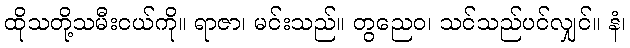
ထိုသတို့သမီးငယ်ကို။ ရာဇာ၊ မင်းသည်။ တွညေဝ၊ သင်သည်ပင်လျှင်။ နံ၊